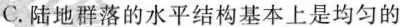
C.陆地群落的水平结构基本上是均匀的